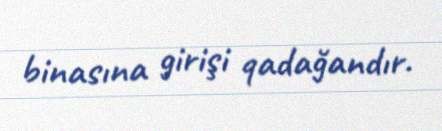
binasına girişi qadağandır.